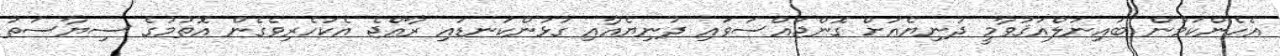
އެހެންކަމުން ބައިނަލްއަޤުވާމީ ދުނިޔެއަށް ގޮންޖައްސަވައި ދުނިޔެއާއި ގުޅުންކަނޑައި ރާއްޖެ އެކަހެރިވެގެން އޮތުމުގެ ސިޔާސަތު